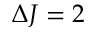
\Delta J = 2